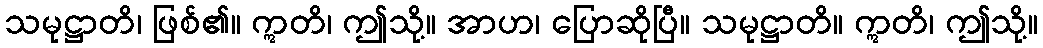
သမုဋ္ဌာတိ၊ ဖြစ်၏။ ဣတိ၊ ဤသို့။ အာဟ၊ ပြောဆိုပြီ။ သမုဋ္ဌာတိ။ ဣတိ၊ ဤသို့။